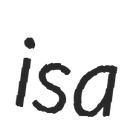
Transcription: is a